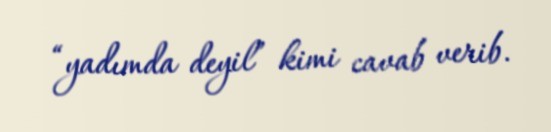
“yadımda deyil” kimi cavab verib.